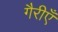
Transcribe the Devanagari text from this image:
गैरीएँ